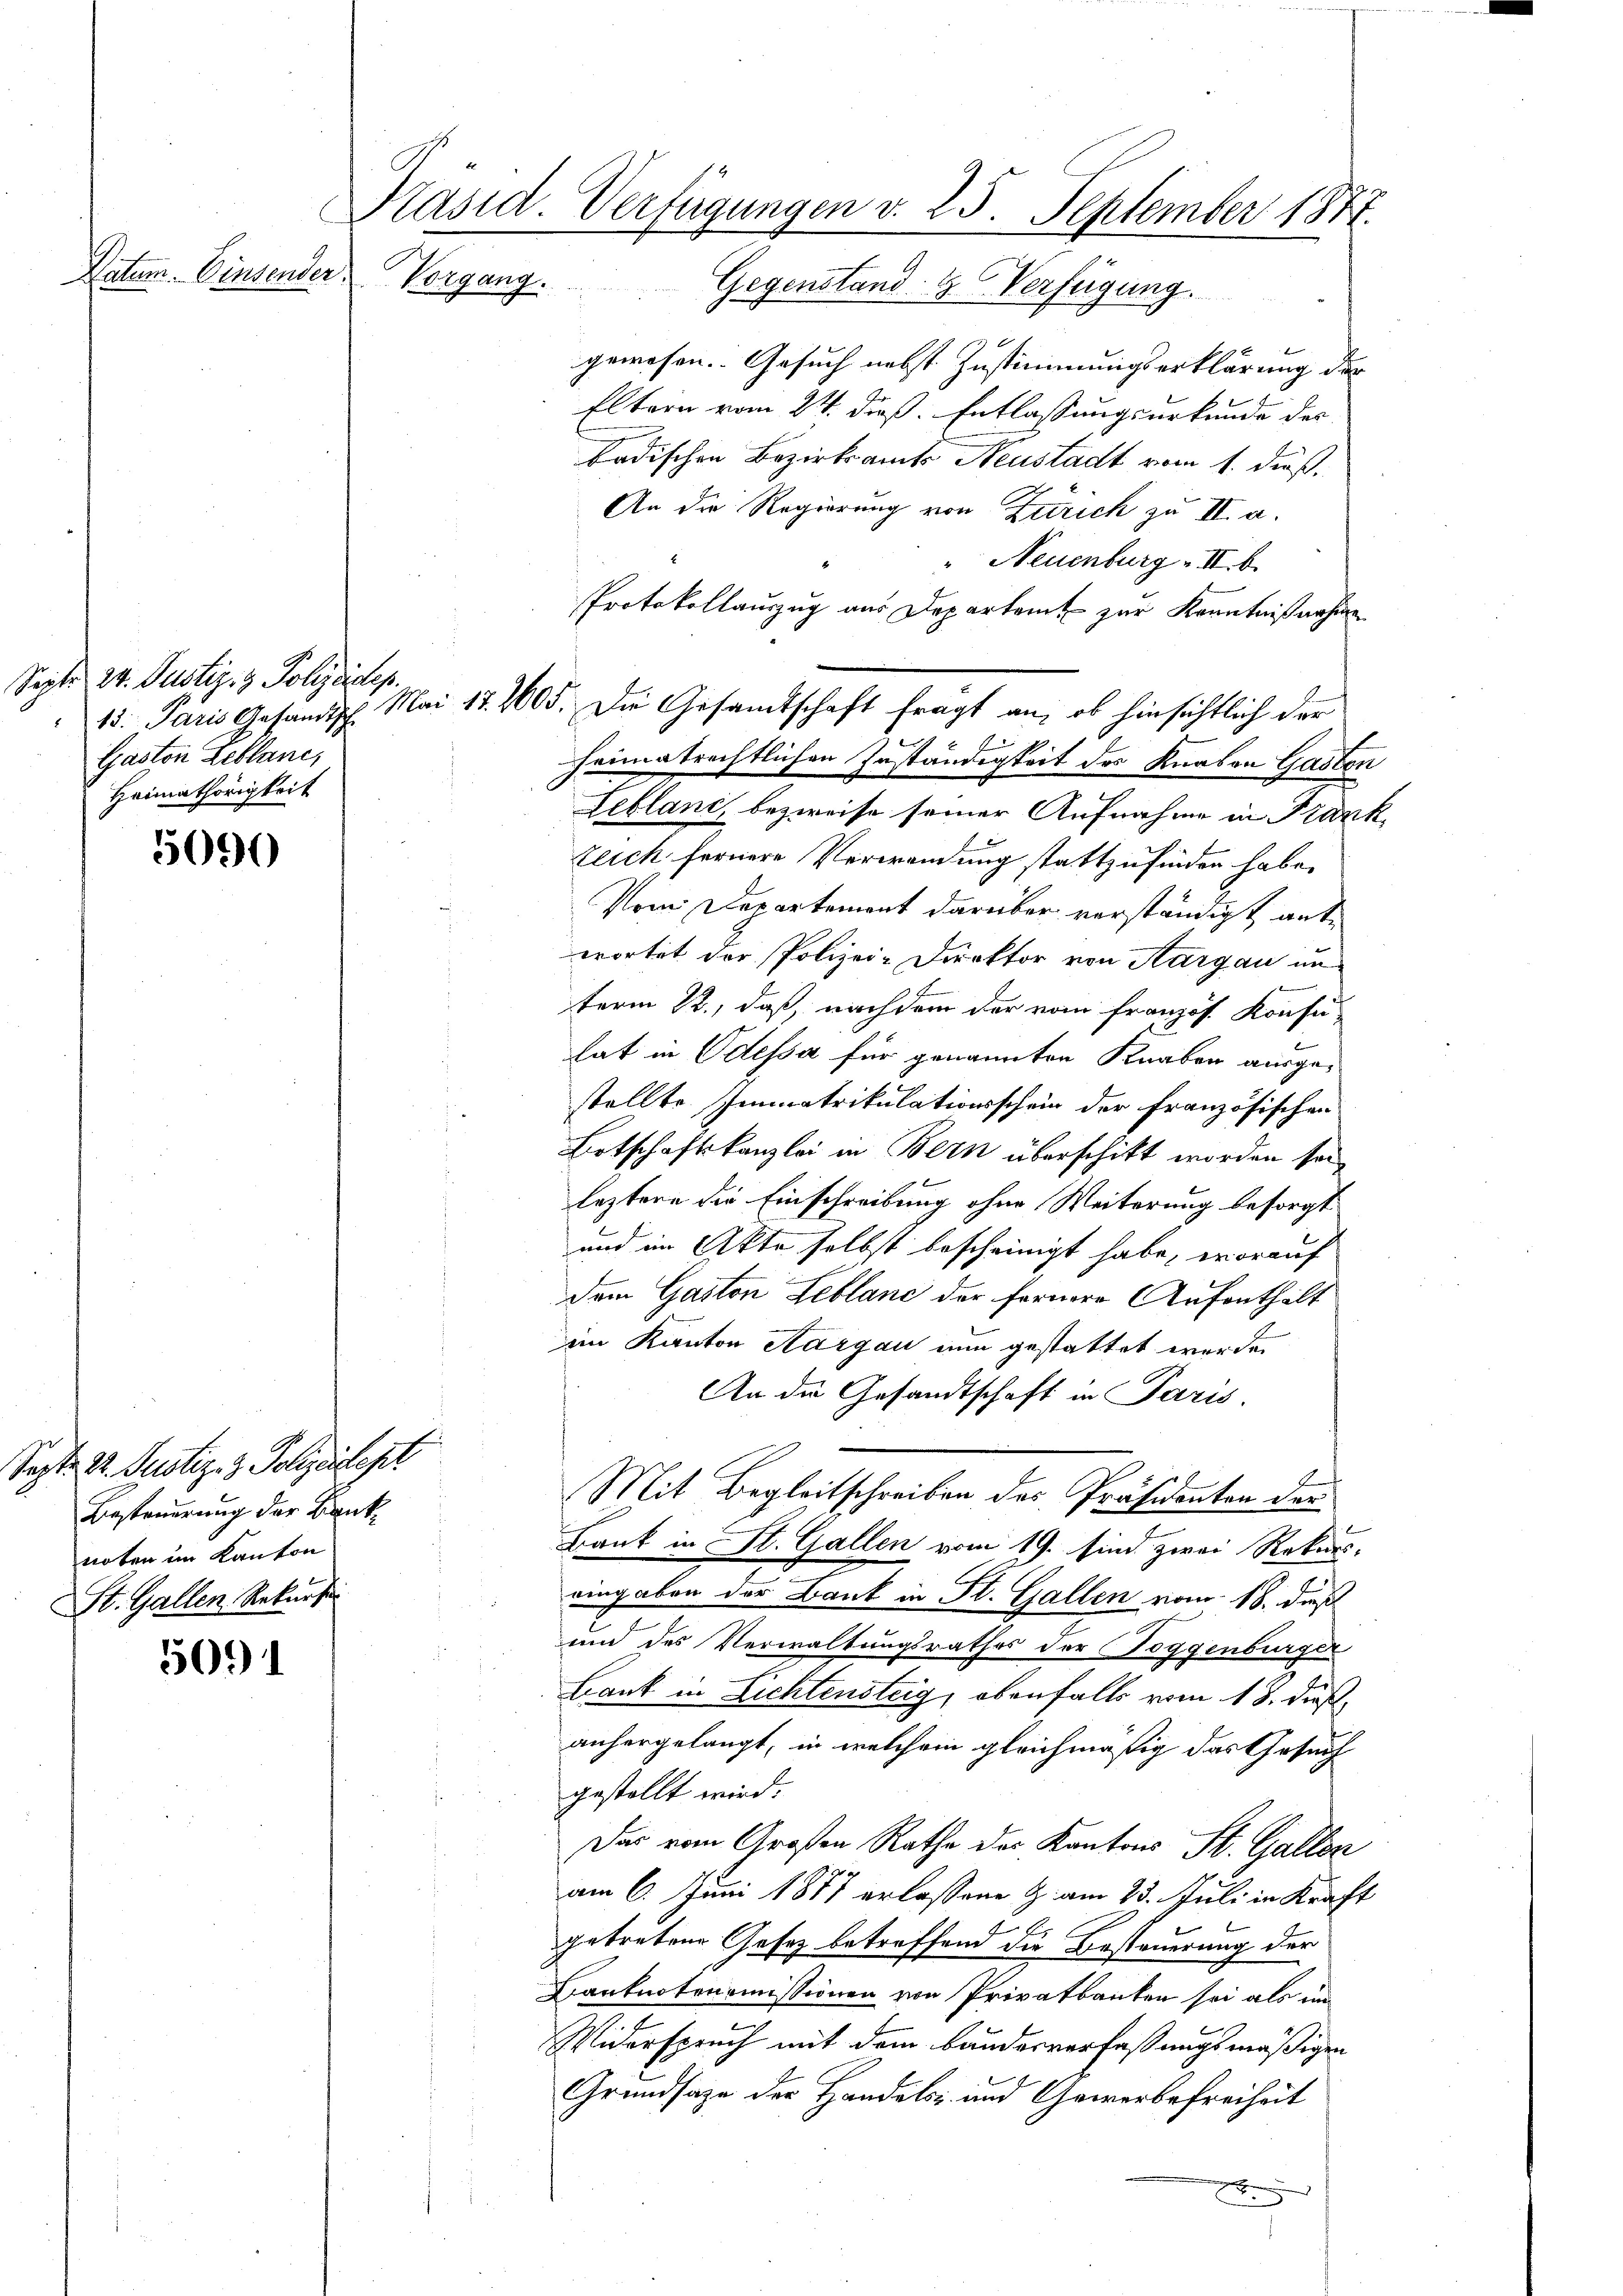
Vatum. Einsender

Septe 24. Justiz- & Polizeidep
Gaston Zeblanc,
Heimathörigkeit

5090

5091

Präsid. Verfügungen v. 25. September 1877.
Vorgang.
Gegenstand- & Verfügung.

Sept. 22. Justiz- & Polizeidept
Besteuerung der Banknoten im Kanton
St. Gallen Rekurse

gewesen. Gesuch nebst Zustimmungserklärung der
Eltern vom 24. dieß. Entlassungsurkunde des
badischen Bezirksamts Neustadt vom 1. dieß.
An die Regierung von Zürich zu II. a.
" Neuenburg II b.
Protokollauszug aus Departamt zur Kenntnißnahen
15. Paris Gesändig. Mai 17. 2605. Die Gesandtschaft fragt an, ob hinsichtlich der
kenen
d
heimatrechtlichen Inständigkeit des Knaben Gasten
Leblant, bezweife seiner Aufnahme in Frank
zeich fernere Verwendung stattzufinden habe.
Vom Departement darüber verständigt ante
wortet der Polizei-Direktor von Aargau unterm 22., daß, nachdem der vom französ. Konse-
lat in Odessa für genannten Knaben ausgestellte Immatrikulationsschein der Französischen
Botschaftskanzlei in Bern überschikt worden sei,
leztere die Einschreibung ohne Weiterung besorgt
und im Akte selbst bescheinigt habe, worauf
dem Gaston Leblanc der fernere Aufenthält
im Kanton Aargau nun gestattet worden
An die Gesandtschaft in Paris.
Mit Begleitschreiben des Präsidenten der
Bank in St. Gallen vom 19. sind zwei Rekurs-
eingaben der Bank in St. Gallen vom 18. daß
und des Verwaltungsrathes der Toggenburger
Bank in Lichtensteig, ebenfalls vom 18. dieß,
anhergelangt, in welchem gleichmäßig das Gesuch
gestellt wird.
Das vom Großen Rathe der Kantons St. Gallen
am 6. Juni 1877 erlassene Z. am 23. Juli in Kraft
de Er
getretene Gesetz betreffend die Besteuerung der
Hanknotonomissionen von Privatbanken sei als um
Widerspruch mit dem Banderverfaßungsmäßigen
Grundsaze der Handels- und Gewerbefreiheit
x